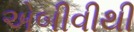
એબીવીથી